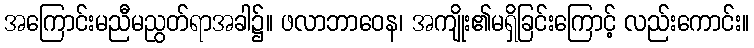
အကြောင်းမညီမညွတ်ရာအခါ၌။ ဖလာဘာဝေန၊ အကျိုး၏မရှိခြင်းကြောင့် လည်းကောင်း။